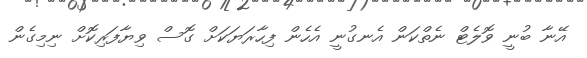
އޭނާ ބުނީ ވޮލެޓް ނެތްކަން އެނގުނީ އެހެން ފިހާރަޔަކަށް ގޮސް ވިޔާފަރިކޮށް ނިމިގެން